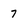
Character: 7